Statistics compiled by the Government of India from the reports of provincial Civil Veterinary Departments
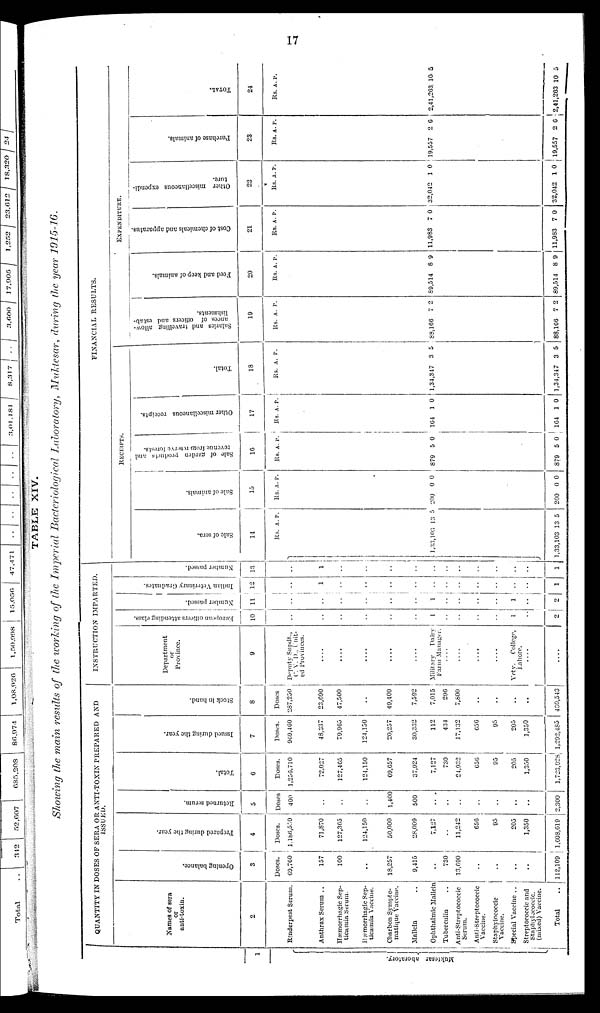
17
TABLE XIV.
Showing the main results of the working of the Imperial Bacteriological Laboratory, Muktesar, during the year 1915-16.
1
Mukte s a r aboratory.
QUANTITY IN DOSES OF SERA OR ANTI-TOXIN PREPARED AND
ISSUED.
Names of sera
or
anti-toxin.
2
Rinderpest Serum.
Anthrax Serum ..
Hæmorrhagic Sep-
ticæmia Serum.
Hæmorrhagic Sep-
ticæmia Vaccine.
Charbon Sympto-
matique Vaccine.
Mallein ..
Ophthalmic Mallein
Tuberculin ..
Anti-Streptococcic
Serum.
Anti-Streptococcic
Vaccine.
Staphylococcic
Vaccine.
Special Vaccine ..
Streptococcic and
Staphylococcic.
(mixed) Vaccine.
Total ..
Ope ni ng bal ance.
3
Doses.
69,760
157
100
..
18,257
9,415
..
730
13,690
..
..
..
..
112,109
Pr epar ed dur i ng the year.
4
Doses.
1,186,550
71,870
127,365
124,150
50,000
28,009
7,127
..
11,242
650
95
205
1,350
1,608,619
Re t
ur ne d s er um.
5
Doses
400
..
..
..
1,400
500
..
..
..
..
..
..
..
2,300
Total.
6
Doses.
1,250,710
72,027
127,405
124,150
69,057
37,924
7,127
730
24,932
656
95
205
1,350
l,723,028
I s s ued dur i ng the year .
7
Doses.
969,460
48,337
79,965
124,150
20,257
30,332
112
434
17,132
656
95
205
1,350
1,292,485
Stock in hand.
8
Doses
287,250
23,090
47,500
..
49,400
7,592
7,015
296
7,800
..
..
..
..
430,543
INSTRUCTION IMPARTED.
Department
or
Province.
9
Deputy Supdt.,
C. V. D., Unit-
ed Provinces.
....
....
....
....
....
Military Dairy
Farm Manager.
....
....
....
....
Vety. College,
Lahore.
....
....
European officers attending class.
10
..
..
..
..
..
1
..
..
..
..
1
..
2
Nu mb e r passed.
11
..
..
..
..
..
1
..
..
..
..
1
..
2
I ndi an Vet er i
nar y Gr a dua t
e s .
12
1
..
..
..
..
..
..
..
..
..
..
..
1
Number passed.
13
1
..
..
..
..
..
..
..
..
..
..
..
1
FINANCIAL RESULTS.
RECEIPTS.
Sale of sera.
14
Rs.
1,33,103
1,33,103
A.
13
13
P.
5
5
Sale of animals.
15
Rs.
200
200
A.
0
0
P.
0
0
Sale of garden products and
revenue from reserve forests.
16
Rs.
879
879
A.
5
5
P.
0
0
Other miscellaneous receipts.
17
Rs.
164
164
A.
1
1
P.
0
0
Total.
18
Rs.
1,34,347
1,34,347
A.
3
3
P.
5
5
EXPENDITURE.
Salaries and travelling allow-
ances of officers and estab-
lishments.
19
Rs.
88,166
88,166
A.
7
7
P.
2
2
Feed and keep of animals.
20
Rs.
89,514
89,514
A.
8
8
P.
9
9
Cost of chemicals and apparatus.
21
Rs.
11,983
11,983
A.
7
7
P.
0
0
Other miscellaneous expendi-
ture.
22
Rs.
32,042
32,042
A.
1
1
P.
0
0
Purchase of animals.
23
Rs.
19,557
19,557
A.
2
2
P.
6
6
TOTAL.
24
Rs.
2,41,263
2,41,263
A.
10
10
P.
5
5